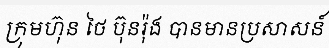
ក្រុមហ៊ុន ថៃ ប៊ុនរ៉ុង បានមានប្រសាសន៍